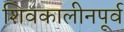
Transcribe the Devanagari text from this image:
शिवकालीनपूर्व